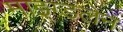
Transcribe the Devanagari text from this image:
माइग्डलेन